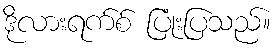
ဒိုလားရက်စ် ပြုံးပြသည်။